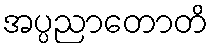
အပ္ပညာတောတိ